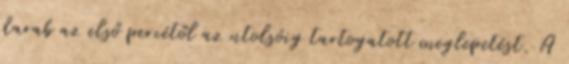
darab az első percétől az utolsóig tartogatott meglepetést. A